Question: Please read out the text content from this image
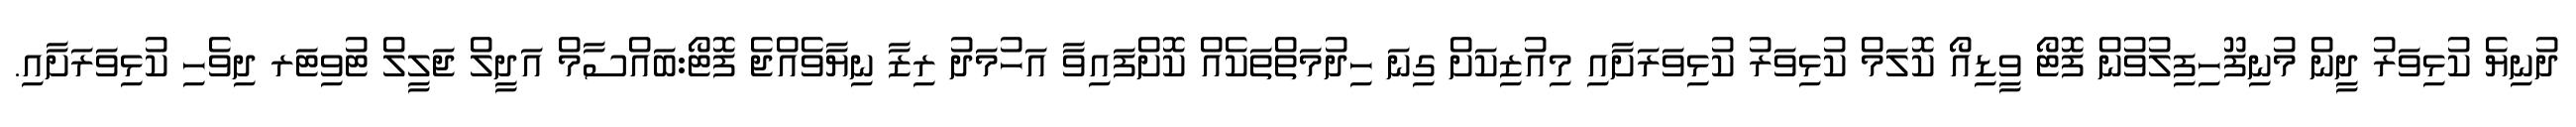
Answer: ދުނިޔެ ކުޅިވަރު ދީން މުނިފޫހިފިލުވުން ފޮޓޯ ވީޑިއޯ ކޮލަމް ކުޅިވަރު ކުޅިވަރަށާއި މިއުޒިކަށް ގިނަ ހިދުމަތްތަކެއް ކޮށްފައިވާ އަހުމަދު ރިޒާ ނިޔާވެއްޖެ ފޮޓޯ:ބައްސާމް އަދީލް ޖަލީލް ޓުވިޓަރ ދިވެހި ކުޅިވަރަށާއި.